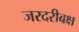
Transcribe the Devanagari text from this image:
जरदरीबक्ष